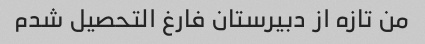
من تازه از دبیرستان فارغ التحصیل شدم